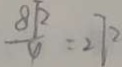
\frac { 8 \sqrt { 2 } } { 4 } = 2 7 2